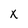
Character: X